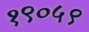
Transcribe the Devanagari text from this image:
१९०५९